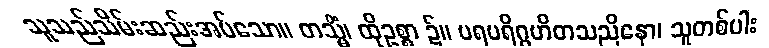
သူသည်သိမ်းဆည်းအပ်သော။ တသ္မိံ၊ ထိုဥစ္စာ ၌။ ပရပရိဂ္ဂဟိတသညိနော၊ သူတစ်ပါး